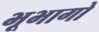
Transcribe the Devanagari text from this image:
भूभागो